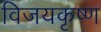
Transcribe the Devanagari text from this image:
विजयकृष्ण